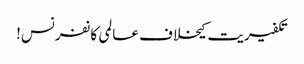
تکفیریت کیخلاف عالمی کانفرنس!